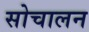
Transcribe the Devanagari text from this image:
सोचालन